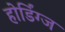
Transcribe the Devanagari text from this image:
होर्डिंग्ज